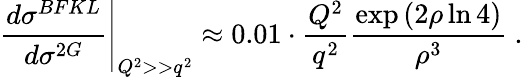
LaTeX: \left.{\frac{d\sigma^{BFKL}}{d\sigma^{2G}}}\right|_{Q^{2}>>q^{2}}\approx 0.01\cdot{\frac{Q^{2}}{q^{2}}}{\frac{\exp{(2\rho\ln{4})}}{\rho^{3}}}\ .